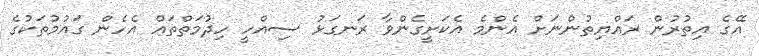
އޭގެ އިތުރުން ރައްޔިތުންނަށް އެންމެ އެކަށީގެންވާ ރަނގަޅު ސިއްހީ ހިދުމަތްތައް އެހެން ގައުމުތަކުގެ